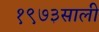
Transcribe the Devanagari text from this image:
१९७३साली